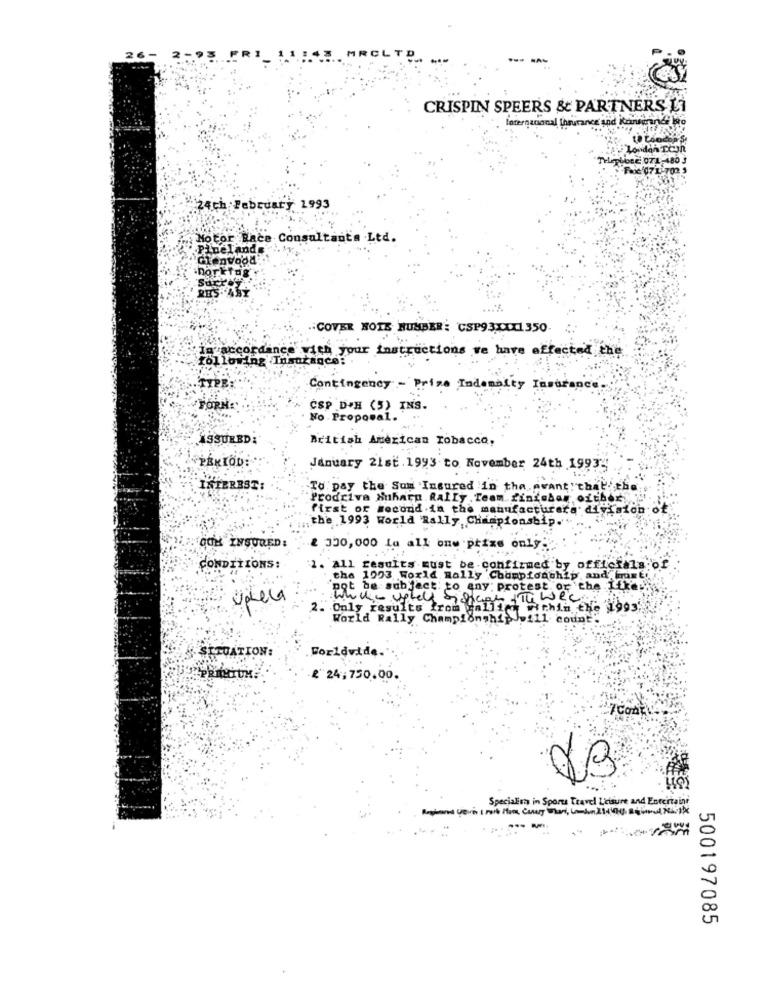
---
CRISPIN SPEERS & PARTNERS Li
loternational Insurance and Koinsurance Wo
London TCIn
beE 07 1-480 J
Faoc'071-702 5
24th February 1993
Motor Race Consultants Ltd.
Pinelande
Glenwood
Dorktag
COVER NOTE HUMBER: CSP93XXX1 350
In accordance with your instructions ve have affected che
following Insurance:
TYPE
Contingency - Prize Indemnity Isso
FORN:
CSP D'H (5) INS.
No . Proposal.
ASSURED;
British American Tobacco,
PEKIOD:
January 21st.1993 to November 24th 19934
INTEREST:
To pay the Sun Insured in the avant that the
Prodriva Auharu Rally . Team finteban ofthex, y.
first of second ia the manufacturera division of
the 1993 World Rally Championship.
OCH INSURED:
2 330,000 La all one prize only;
CONDITIONS:
1. All results must be confirmed by officials of
the 1993 World Rally Championship, and' nt
not be subject to any: protest or the ifke;
Upela
while usted sicher Th wee
2. Only results from vallien within the 1993;
World Rally ChampionshipJill count:
Worldwide.
SITUATION:
&"24,750.00.
Specialists in Sports Travel Leisure and Entertaint
500197085